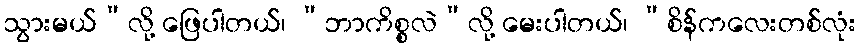
သွားမယ်”လို့ ဖြေပါတယ်၊ “ဘာကိစ္စလဲ”လို့ မေးပါတယ်၊ “စိန်ကလေးတစ်လုံး